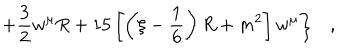
\left. + \frac 3 2 w ^ { \mu } R + 1 5 \left[ \left( \xi - \frac 1 6 \right) R + m ^ { 2 } \right] w ^ { \mu } \right\} ,